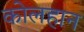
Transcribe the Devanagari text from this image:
कोलहान